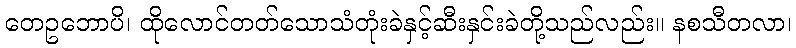
တေဥဘောပိ၊ ထိုလောင်တတ်သောသံတုံးခဲနှင့်ဆီးနှင်းခဲတို့သည်လည်း။ နစသီတလာ၊